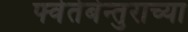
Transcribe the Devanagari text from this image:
फ्वेर्तेबेन्तुराच्या